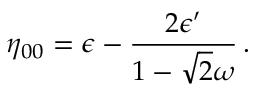
\eta _ { \SS 0 0 } = \epsilon - \frac { 2 \epsilon ^ { \prime } } { 1 - \sqrt { 2 } \omega } \, .